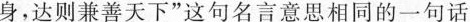
身，达则兼善天下 ” 这句名言意思相同的一句话